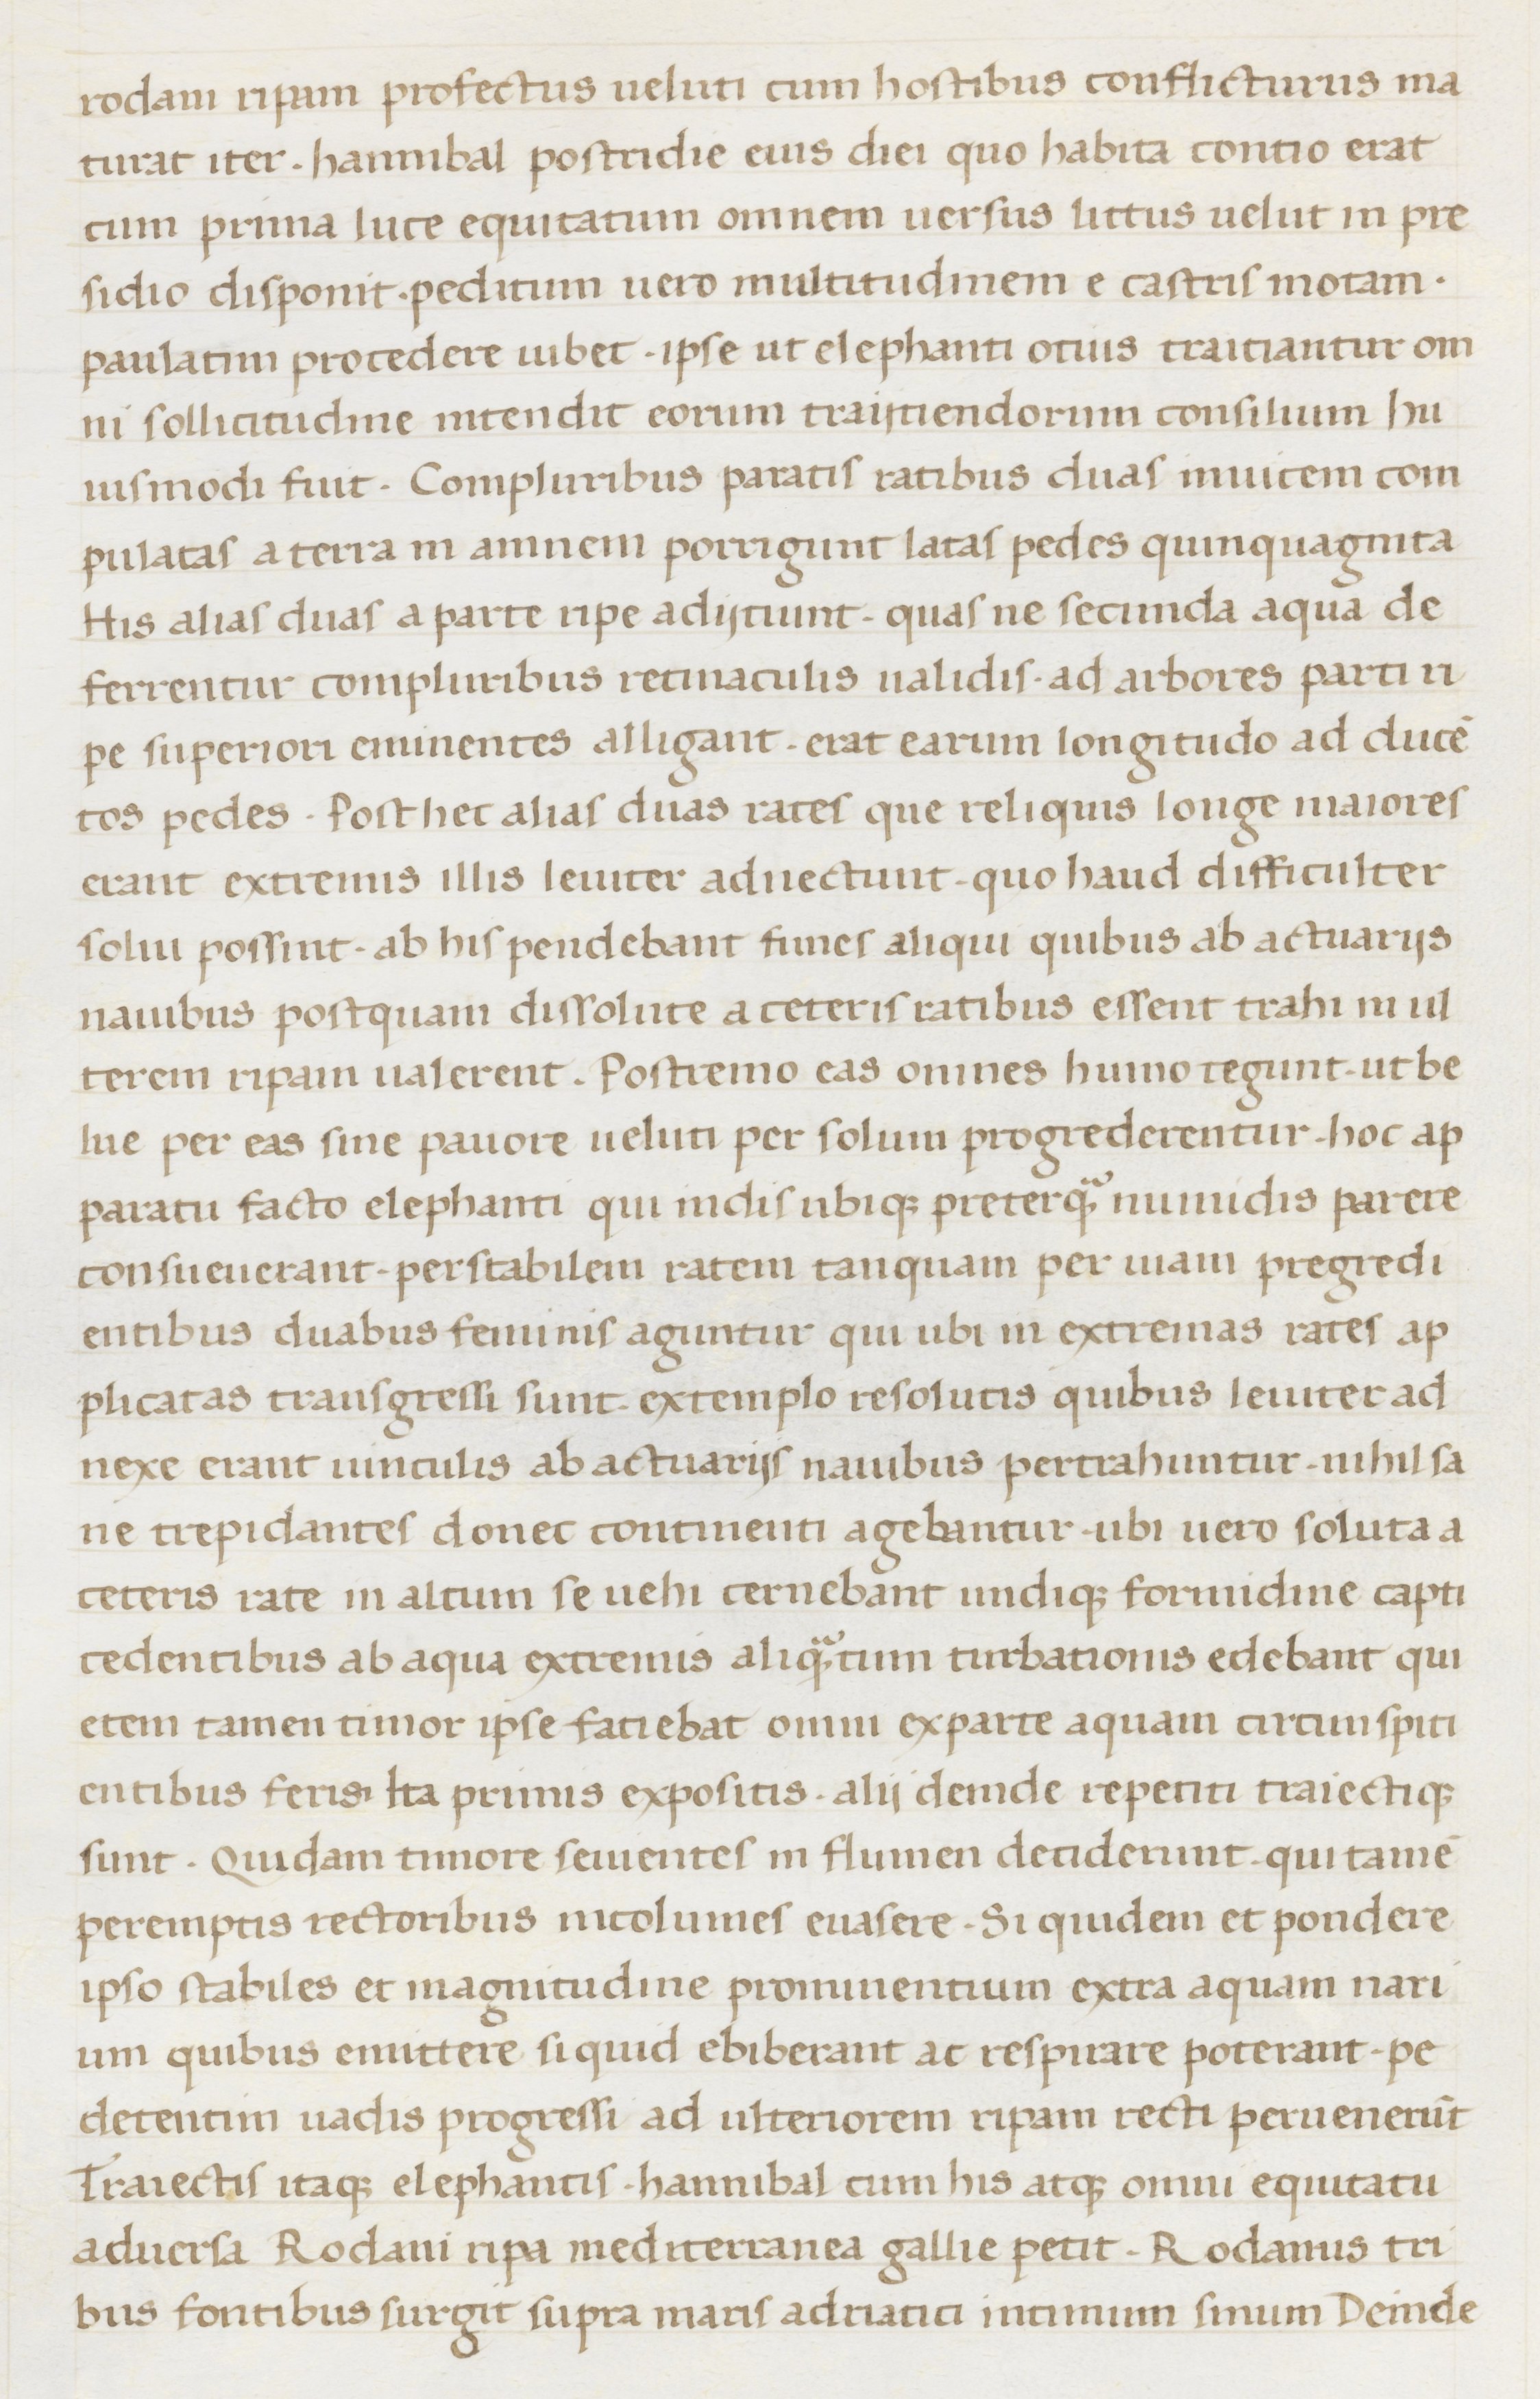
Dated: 1400–1499